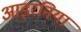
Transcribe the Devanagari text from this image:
आइरनिया